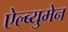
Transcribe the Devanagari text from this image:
ऐल्ब्युमेन